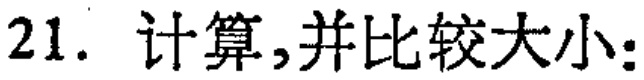
21. 计算,并比较大小: